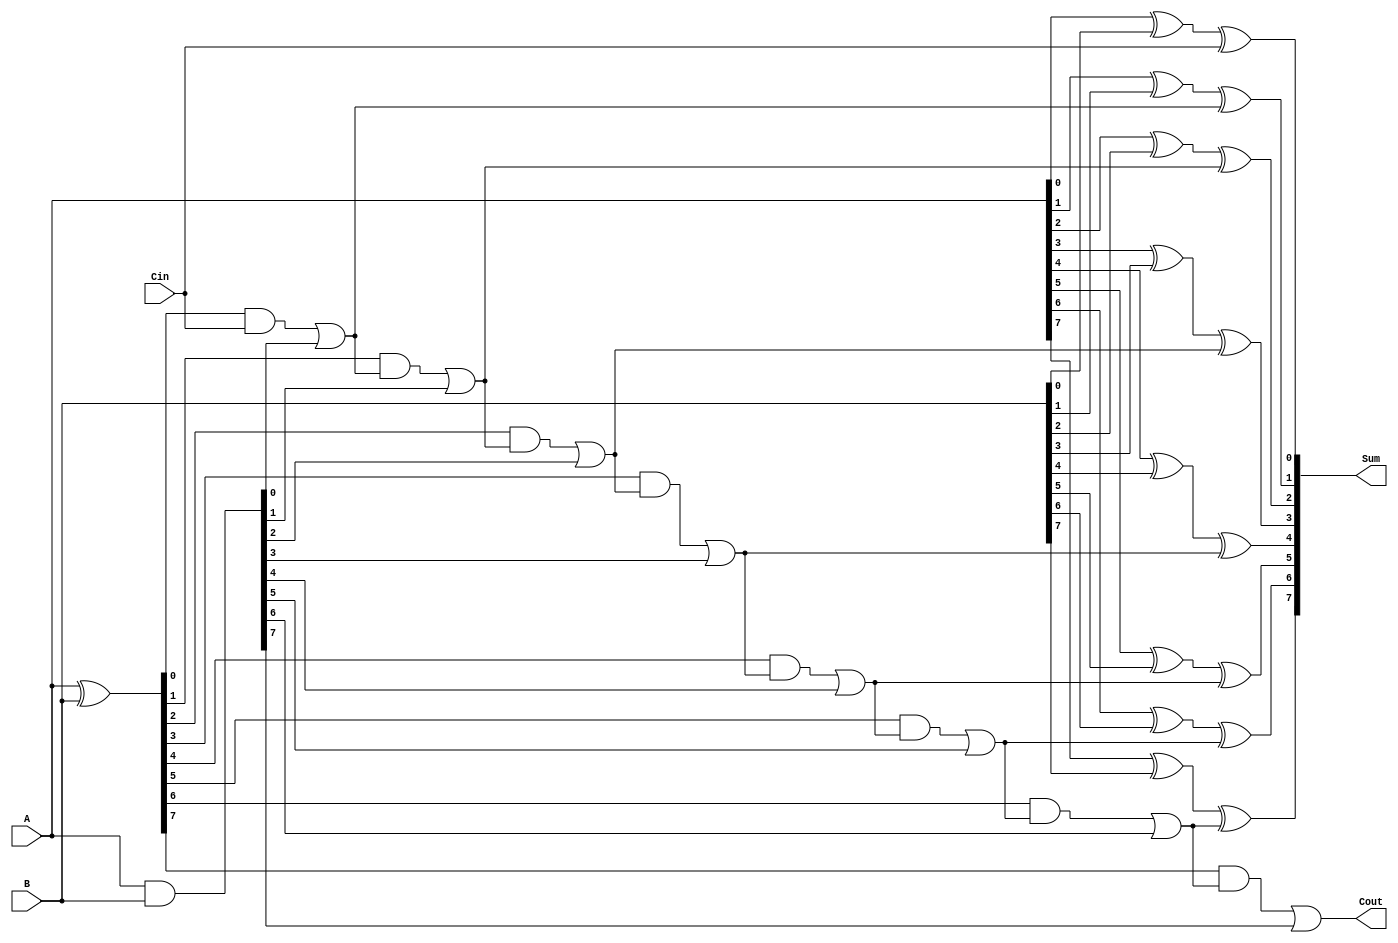
`ifndef _CARRY_LOOKAHEAD_ADDER
`define _CARRY_LOOKAHEAD_ADDER

module CLA_Adder8 (
    output Cout,
    output [7:0] Sum,
    input [7:0] A, B,
    input Cin
);
   wire [7:0] P, G;
   wire [7:1] C;

    // Compute propagate, generate
    assign P = A ^ B;
    assign G = A & B;

    // Compute all Carry
    assign C[1] = P[0] & Cin  | G[0];
    assign C[2] = P[1] & C[1] | G[1];
    assign C[3] = P[2] & C[2] | G[2];
    assign C[4] = P[3] & C[3] | G[3];
    assign C[5] = P[4] & C[4] | G[4];
    assign C[6] = P[5] & C[5] | G[5];
    assign C[7] = P[6] & C[6] | G[6];
    assign Cout = P[7] & C[7] | G[7];

    // Compute all Sum
    assign Sum[0] = A[0] ^ B[0] ^ Cin;
    assign Sum[1] = A[1] ^ B[1] ^ C[1];
    assign Sum[2] = A[2] ^ B[2] ^ C[2];
    assign Sum[3] = A[3] ^ B[3] ^ C[3];
    assign Sum[4] = A[4] ^ B[4] ^ C[4];
    assign Sum[5] = A[5] ^ B[5] ^ C[5];
    assign Sum[6] = A[6] ^ B[6] ^ C[6];
    assign Sum[7] = A[7] ^ B[7] ^ C[7];
endmodule

module CLA_Adder32 (
    output Cout,
    output [31:0] Sum,
    input [31:0] A, B,
    input Cin
);
    wire C0, C1, C2;
    CLA_Adder8 A0(C0, Sum[7:0], A[7:0], B[7:0], Cin);
    CLA_Adder8 A1(C1, Sum[15:8], A[15:8], B[15:8], C0);
    CLA_Adder8 A2(C2, Sum[23:16], A[23:16], B[23:16], C1);
    CLA_Adder8 A3(Cout, Sum[31:24], A[31:24], B[31:24], C2);
endmodule

`endif